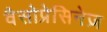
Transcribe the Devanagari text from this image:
वैसोप्रेसिनेज़